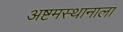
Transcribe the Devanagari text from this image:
अष्टमस्थानाला